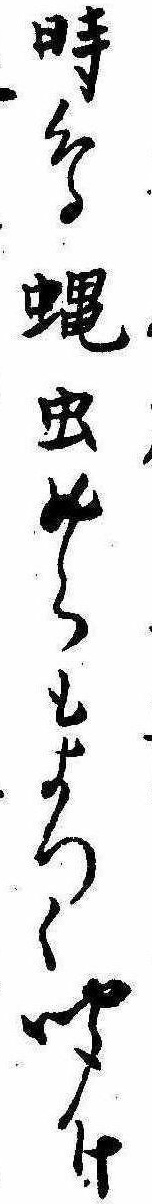
時鳥蝿虫めらもよつく聞け